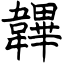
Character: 韠